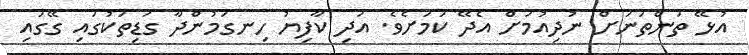
އުޅޭ ތަންތަނަށް ނުދިއުމަށް އެދޭ ކަމަށެވެ. އަދި ކާފިޔު ހިނގަމުންދާ ގަޑިތަކުގައި ގޭގައި